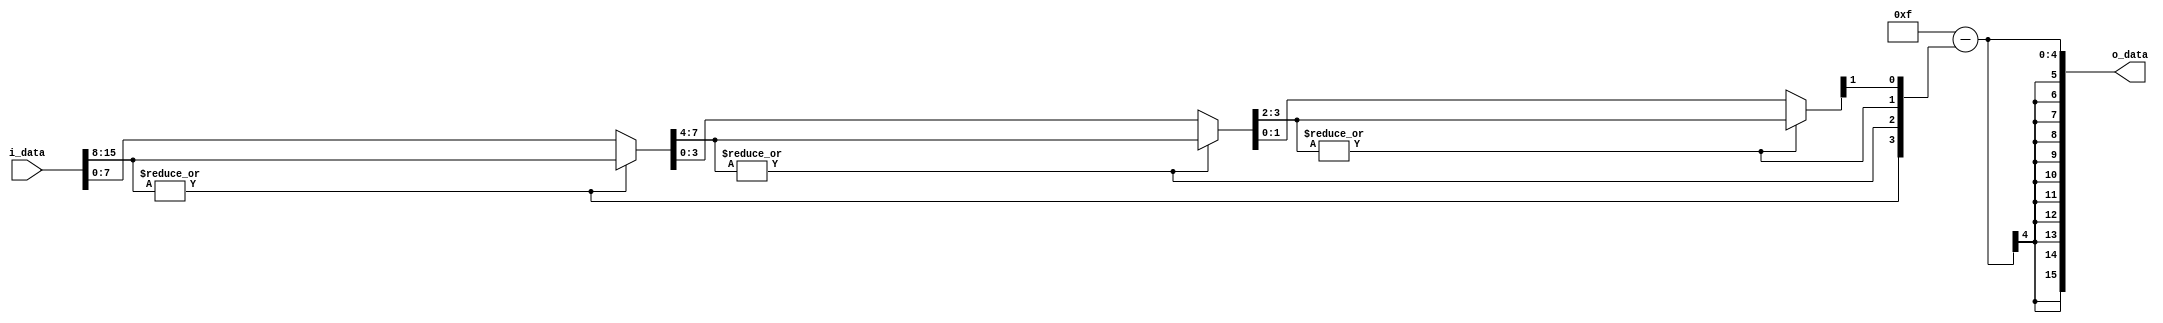
module CLZ (input [15:0] i_data, output [15:0] o_data);
    wire [3:0] MSB;
    wire [7:0] x8;
    wire [3:0] x4;
    wire [1:0] x2;
    assign MSB[3] = | i_data[15:8];
    assign x8 = (MSB[3]) ? i_data[15:8] : i_data[7:0];
    assign MSB[2] = | x8[7:4];
    assign x4 = (MSB[2]) ? x8[7:4] : x8[3:0];
    assign MSB[1] = | x4[3:2];
    assign x2 = (MSB[1]) ? x4[3:2] : x4[1:0];
    assign MSB[0] = x2[1];
    assign o_data = 4'd15 - MSB;
endmodule